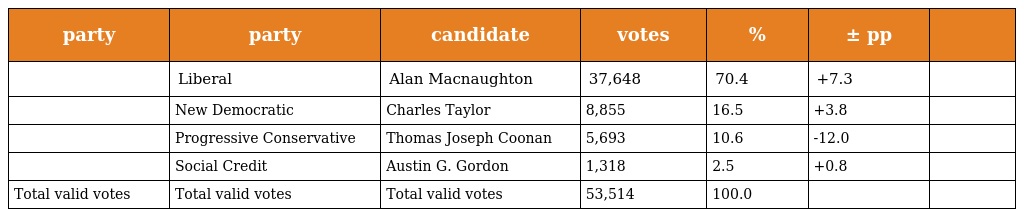
| party | party | candidate | votes | % | ± pp |  |
 | --- | --- | --- | --- | --- | --- | --- |
 |  | Liberal | Alan Macnaughton | 37,648 | 70.4 | +7.3 |  |
 |  | New Democratic | Charles Taylor | 8,855 | 16.5 | +3.8 |  |
 |  | Progressive Conservative | Thomas Joseph Coonan | 5,693 | 10.6 | -12.0 |  |
 |  | Social Credit | Austin G. Gordon | 1,318 | 2.5 | +0.8 |  |
 | Total valid votes | Total valid votes | Total valid votes | 53,514 | 100.0 |  |  |